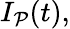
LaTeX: I_{\mathcal{P}}(t),